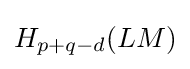
H_{p+q-d}(LM)